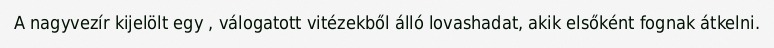
A nagyvezír kijelölt egy , válogatott vitézekből álló lovashadat, akik elsőként fognak átkelni.